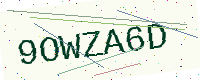
Text: 9OWZA6D